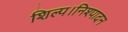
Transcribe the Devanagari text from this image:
शिल्प।निश्पादन